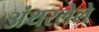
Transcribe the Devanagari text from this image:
अंथरलेले